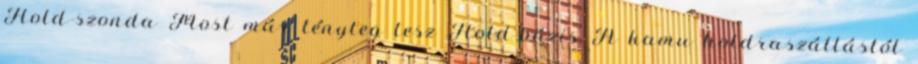
Hold-szonda Most már tényleg lesz Hold-bázis A kamu holdraszállástól